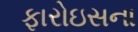
ફારોઇસના